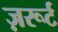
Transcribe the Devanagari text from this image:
ज़रूर्ट